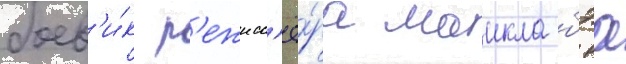
боев'и́к р'ежисс'ё́ра маикла бэа